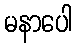
မနာပေါ